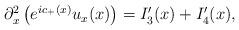
LaTeX: \begin{align*}\begin{aligned}\partial_x^2\left( e^{ic_+(x)}u_x(x) \right) & =I_3'(x)+I_4'(x),\end{aligned}\end{align*}